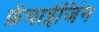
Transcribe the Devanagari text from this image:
फ्रेंचाईजिंग